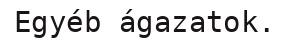
Egyéb ágazatok.